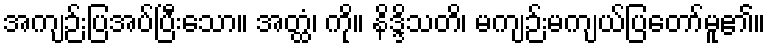
အကျဉ်းပြအပ်ပြီးသော။ အတ္ထံ၊ ကို။ နိဒ္ဒိသတိ၊ မကျဉ်းမကျယ်ပြတော်မူ၏။